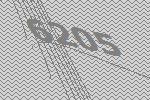
6205